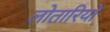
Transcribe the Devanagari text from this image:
लोतारियो